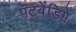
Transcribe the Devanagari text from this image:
पटबेंडिगे